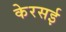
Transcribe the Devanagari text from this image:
केरसई